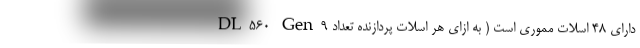
DL560 Gen9 دارای ۴۸ اسلات مموری است ( به ازای هر اسلات پردازنده تعداد